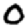
Digit: 0